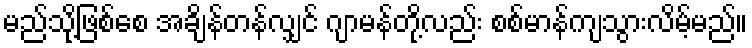
မည်သို့ဖြစ်စေ အချိန်တန်လျှင် ဂျာမန်တို့လည်း စစ်မာန်ကျသွားလိမ့်မည်။